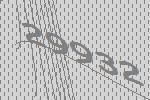
29932